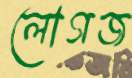
লোগজ